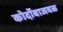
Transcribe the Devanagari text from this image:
कोर्दोबाजवळ